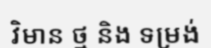
វិមាន ថ្ម និង ទម្រង់